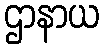
ဌာနာယ